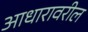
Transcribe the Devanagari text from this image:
आधारावरील